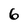
Character: 6